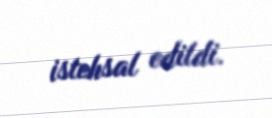
istehsal edildi.